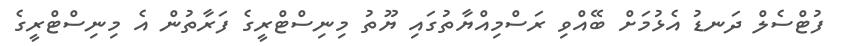
ފުޓްސެލް ދަނޑު އެޅުމަށް ބޭއްވި ރަސްމިއްޔާތުގައި ޔޫތު މިނިސްޓްރީގެ ފަރާތުން އެ މިނިސްޓްރީގެ